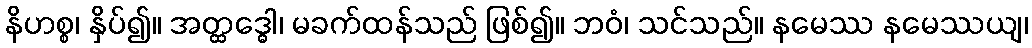
နိဟစ္စ၊ နှိပ်၍။ အတ္ထဒ္ဓေါ၊ မခက်ထန်သည် ဖြစ်၍။ ဘဝံ၊ သင်သည်။ နမေဿ နမေဿယျ၊